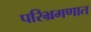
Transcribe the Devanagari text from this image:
परिभ्रमणात